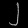
Digit: ၂